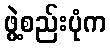
ဖွဲ့စည်းပုံက